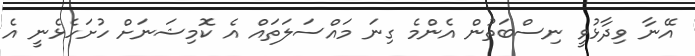
އޭނާ ވިދާޅުވީ ނިސްބަތުން އެންމެ ގިނަ މައްސަލަތައް އެ ކޮމިޝަނަށް ހުށަހެޅެނީ އެ